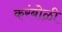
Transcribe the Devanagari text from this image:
करंबोळी